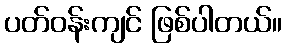
ပတ်ဝန်းကျင် ဖြစ်ပါတယ်။